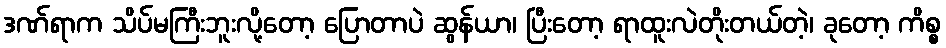
ဒဏ်ရာက သိပ်မကြီးဘူးလို့တော့ ပြောတာပဲ ဆွန်ယာ၊ ပြီးတော့ ရာထူးလဲတိုးတယ်တဲ့၊ ခုတော့ ကိစ္စ